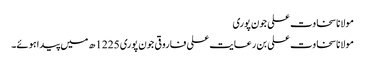
مولانا سخاوت علی جون پوری
مولانا سخاوت علی بن رعایت علی فاروقی جون پوری 1225ھ میں پیدا ہوئے۔